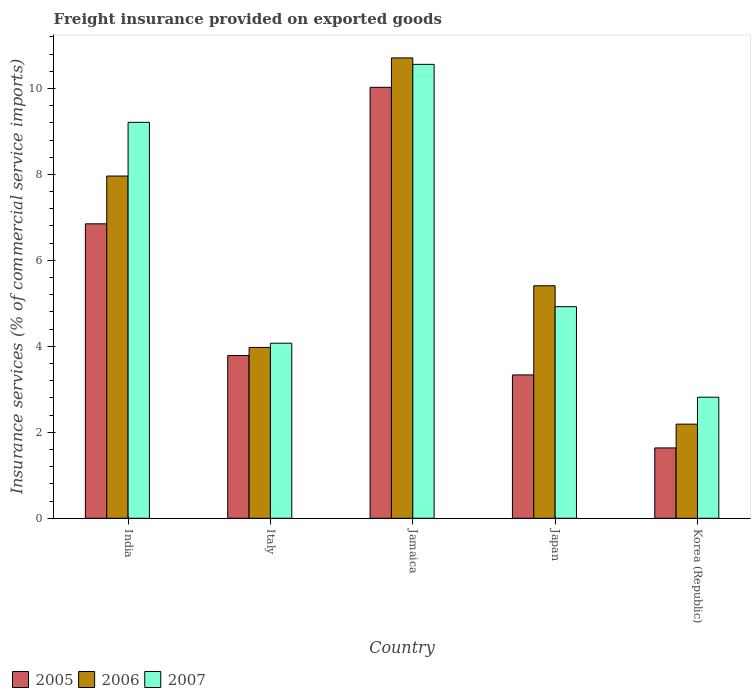
| Country | 2005 | 2006 | 2007 |
 | --- | --- | --- | --- |
 | India | 6.85 | 7.96 | 9.21 |
 | Italy | 3.79 | 3.97 | 4.07 |
 | Jamaica | 10 | 10.7 | 10.6 |
 | Japan | 3.34 | 5.41 | 4.92 |
 | Korea (Republic) | 1.64 | 2.19 | 2.82 |